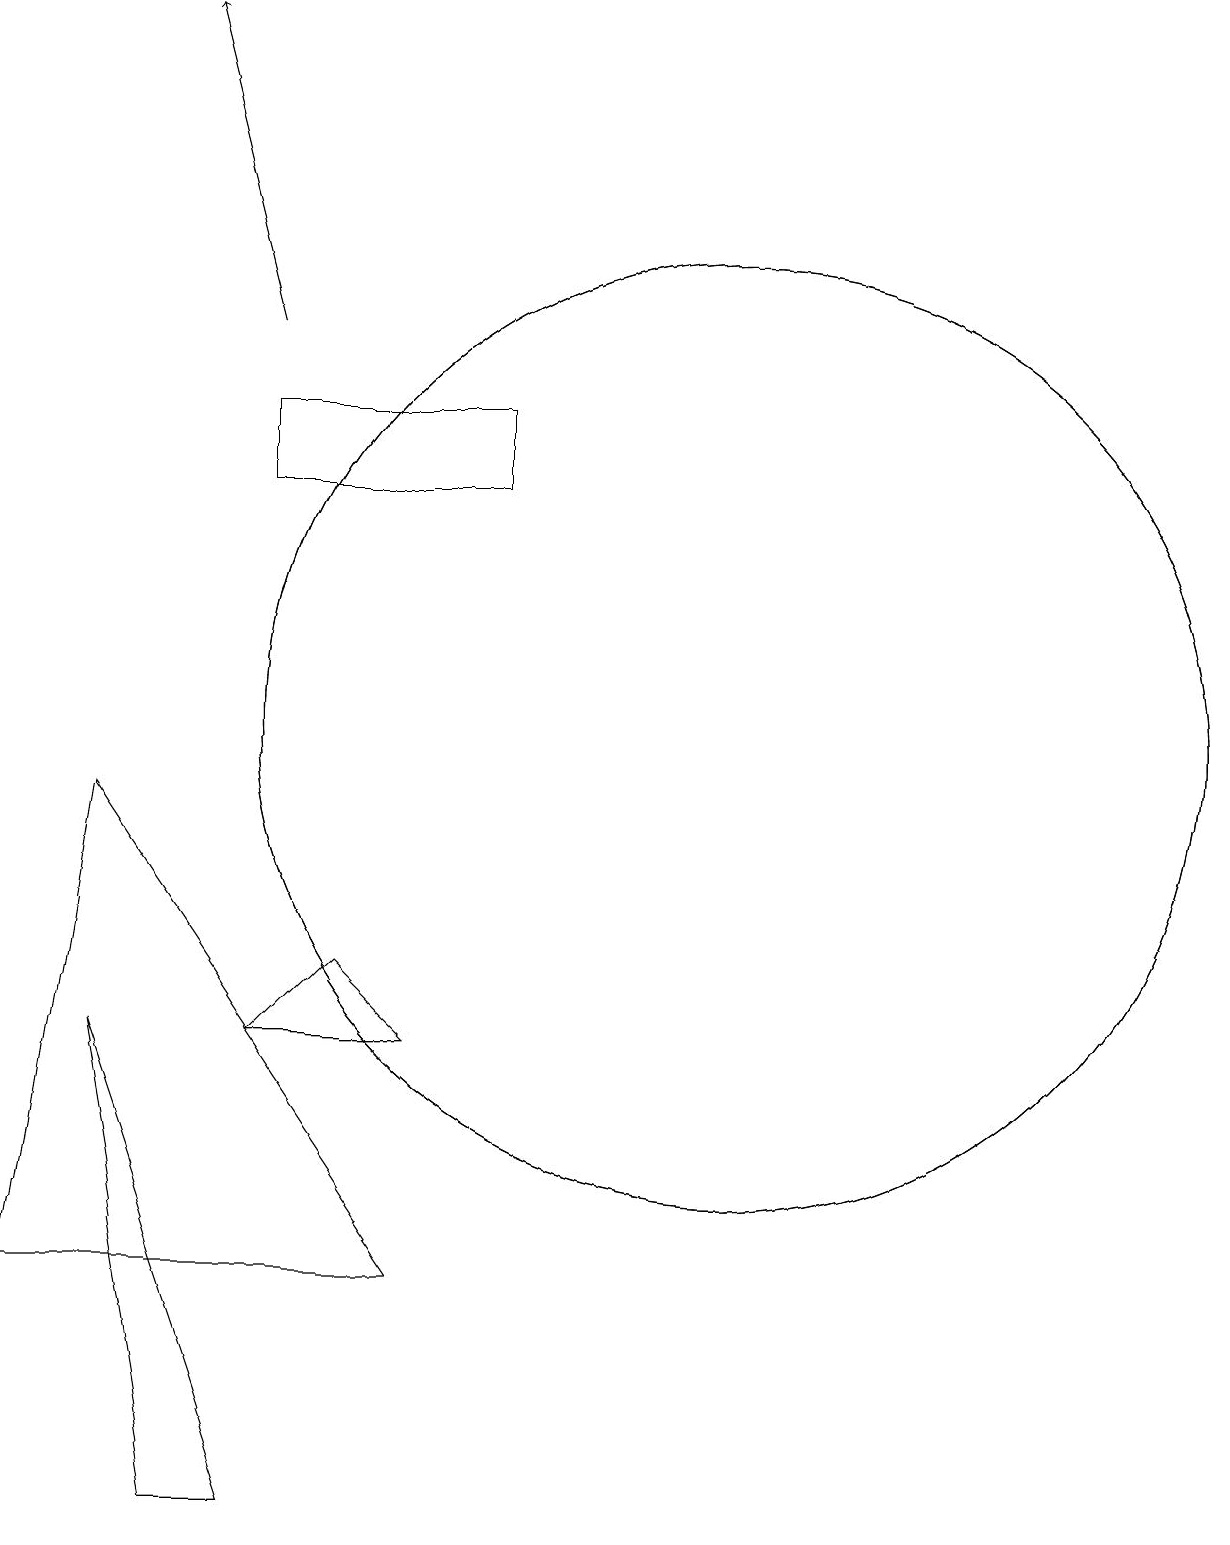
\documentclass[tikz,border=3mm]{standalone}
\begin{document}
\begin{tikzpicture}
\draw (4,0) -- (5,0) -- (3,6) -- cycle;
\draw (11,10) circle (6);
\draw (8,14) rectangle (5,13);
\draw (7,6) -- (5,6) -- (6,7) -- cycle;
\draw (2,3) -- (7,3) -- (3,9) -- cycle;
\draw (11,10) circle (6);
\draw[->] (5,15) -- (4,19);
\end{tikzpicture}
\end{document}